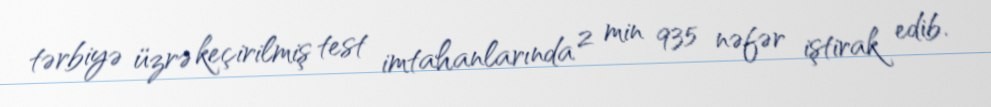
tərbiyə üzrə keçirilmiş test imtahanlarında 2 min 935 nəfər iştirak edib.